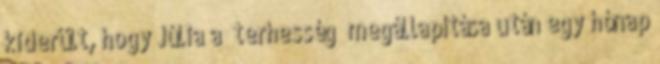
kiderült, hogy Júlia a “terhesség” megállapítása után egy hónap